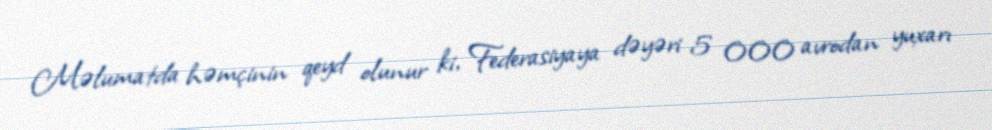
Məlumatda həmçinin qeyd olunur ki, Federasiyaya dəyəri 5 000 avrodan yuxarı